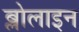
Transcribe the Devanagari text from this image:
ब्लोलाइन